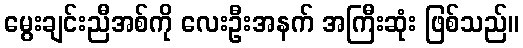
မွေးချင်းညီအစ်ကို လေးဦးအနက် အကြီးဆုံး ဖြစ်သည်။